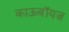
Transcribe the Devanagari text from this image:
काऊबॉयज़